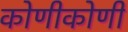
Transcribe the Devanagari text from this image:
कोणीकोणी